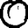
Digit: 0